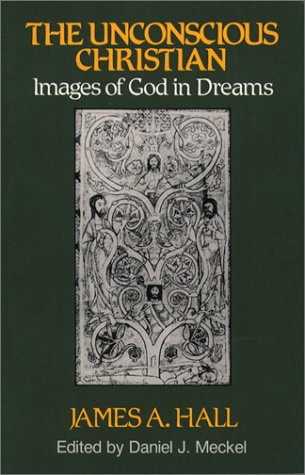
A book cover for The Unconscious Christian: Images of God in Dreams (Jung & Spirituality); James A. Hall; Religion & Spirituality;